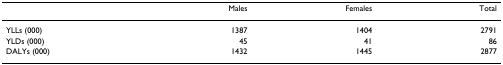
<table><thead><tr><td></td><td><b>Males</b></td><td><b>Females</b></td><td><b>Total</b></td></tr></thead><tbody><tr><td>YLLs (000)</td><td>1387</td><td>1404</td><td>2791</td></tr><tr><td>YLDs (000)</td><td>45</td><td>41</td><td>86</td></tr><tr><td>DALYs (000)</td><td>1432</td><td>1445</td><td>2877</td></tr></tbody></table>